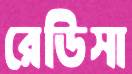
রেডিসা